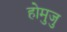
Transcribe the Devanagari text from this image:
होमुजु